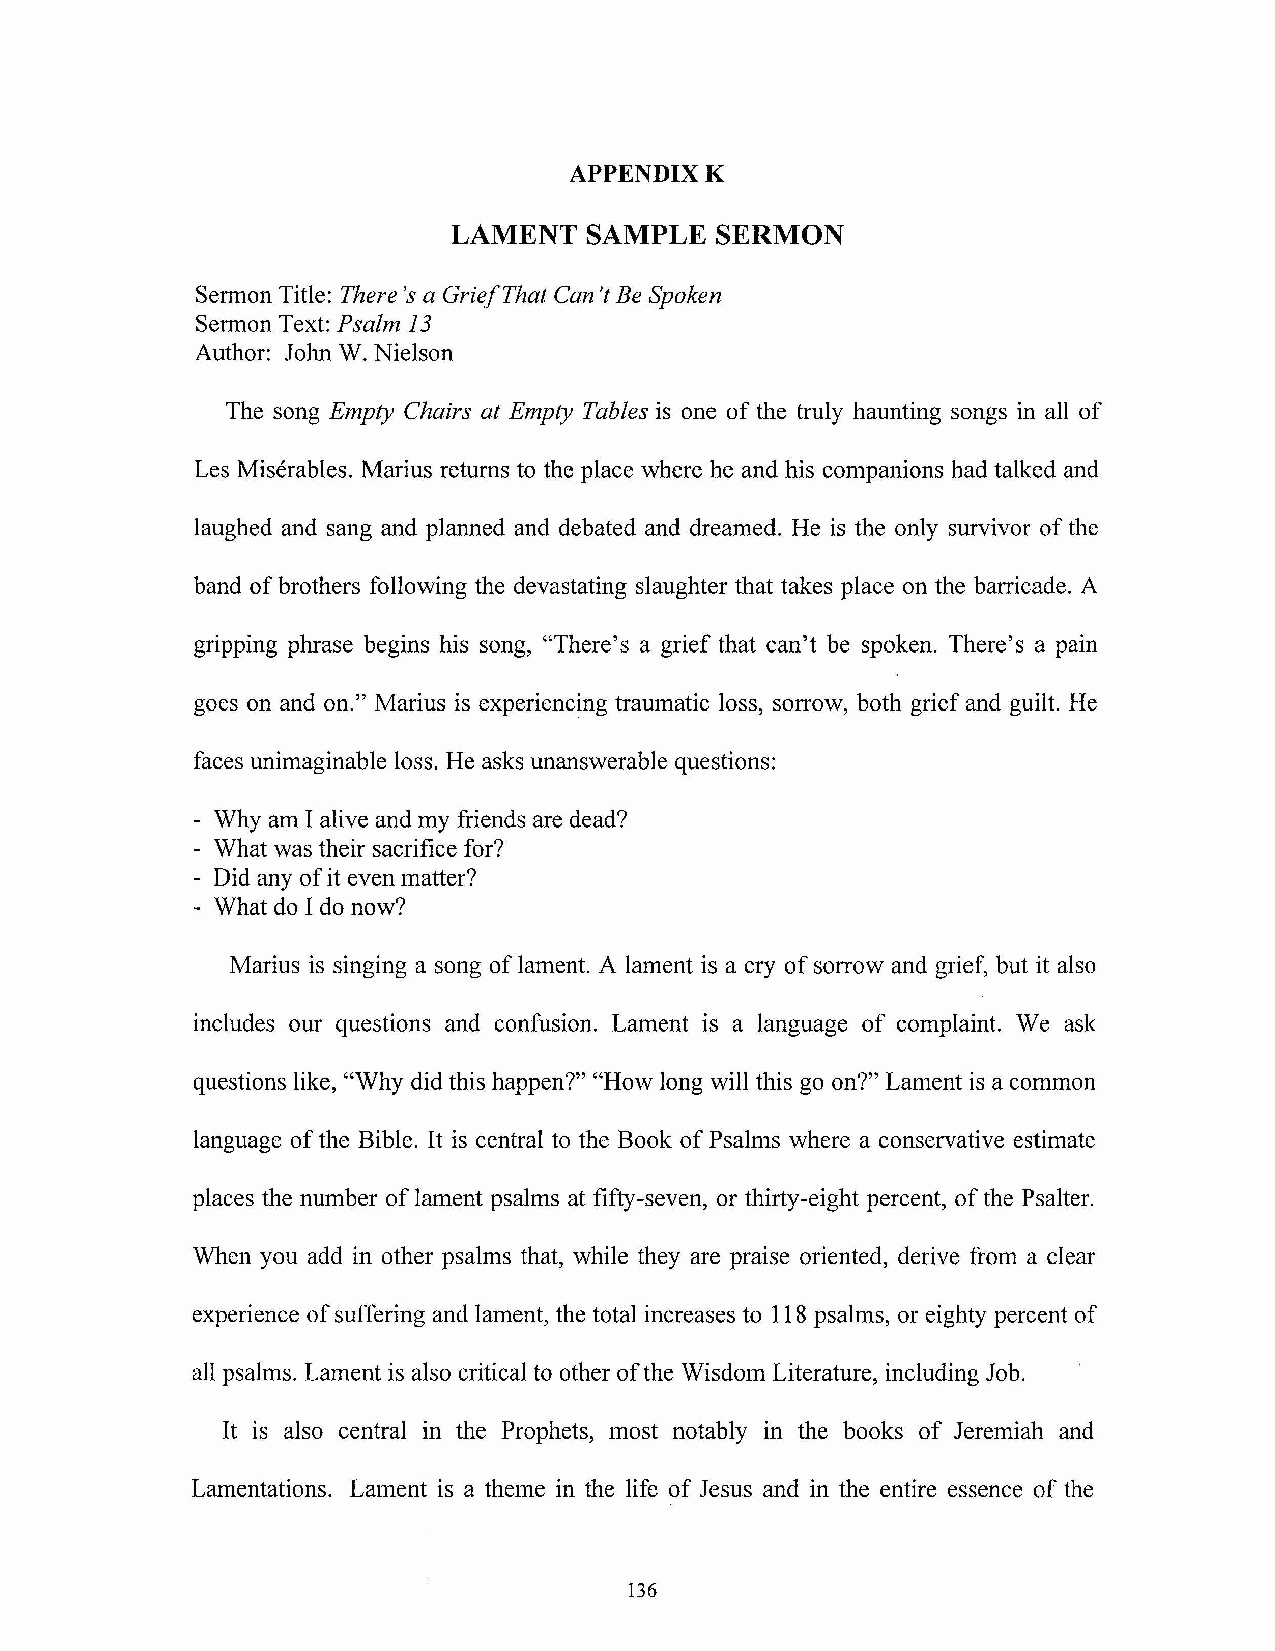
APPENDIXK
 LAMENT   SAMPLE  SERMON
 Sermon Title: There's a GriefThat Can'tBe Spoken
 Sermon Text: Psalm 13
 Author: John W. Nielson
 The song Empty Chairs at Empty Tables is one of the truly haunting songs in all of
 Les Miserables, Marius returns to the place where he and his companions had talked and
 laughed and sang and planned and debated and dreamed. He is the only survivor ofthe
 band ofbrothers following the devastating slaughter that takes place on the barricade. A
 gripping phrase begins his song, "There's a grief that can't be spoken. There's a pain
 goes on and on." Marius is experiencing traumatic loss, sorrow, both griefand guilt. He
 faces unimaginable loss. He asks unanswerable questions:
 - Why am I alive and my friends are dead?
 - What was their sacrifice for?
 - Did any ofit even matter?
 - What do I do now?
 Marius is singing a song oflament. A lament is a cry ofsorrow and grief, but it also
 includes our questions and confusion. Lament is a language of complaint. We ask
 questions like, "Why did this happen?" "How long will this go on?" Lament is a common
 language ofthe Bible. It is central to the Book ofPsalms where a conservative estimate
 places the number oflament psalms at fifty-seven, or thirty-eight percent, ofthe Psalter.
 When you add in other psalms that, while they are praise oriented, derive from a clear
 experience ofsuffering and lament, the total increases to 118 psalms, or eighty percent of
 all psalms. Lament is also critical to other ofthe Wisdom Literature, including Job.
 It is also central in the Prophets, most notably in the books of Jeremiah and
 Lamentations. Lament is a theme in the life of Jesus and in the entire essence of the
 136